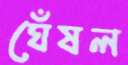
ঘেঁষল